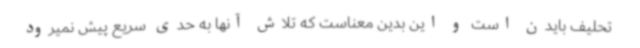
تحلیف بایدن است و این بدین معناست که تلاش آنها به حدی سریع پیش نمیرود